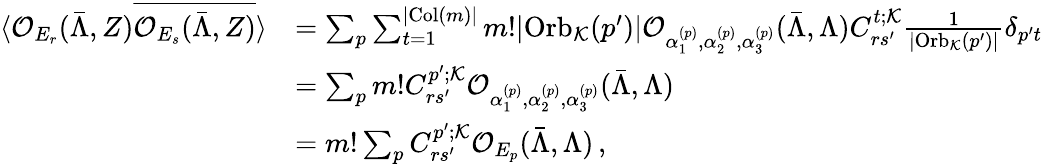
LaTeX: \begin{array}{rl}{\langle\mathcal{O}_{E_{r}}(\bar{\Lambda},Z)\overline{{\mathcal{O}_{E_{s}}(\bar{\Lambda},Z)}}\rangle}&{=\sum_{p}\sum_{t=1}^{|\mathrm{Col}(m)|}m!|\mathrm{Orb}_{\mathcal{K}}(p^{\prime})|\mathcal{O}_{\alpha_{1}^{(p)},\alpha_{2}^{(p)},\alpha_{3}^{(p)}}(\bar{\Lambda},\Lambda)C_{rs^{\prime}}^{t;\mathcal{K}}\frac{1}{|\mathrm{Orb}_{\mathcal{K}}(p^{\prime})|}\delta_{p^{\prime}t}}\\ &{=\sum_{p}m!C_{rs^{\prime}}^{p^{\prime};\mathcal{K}}\mathcal{O}_{\alpha_{1}^{(p)},\alpha_{2}^{(p)},\alpha_{3}^{(p)}}(\bar{\Lambda},\Lambda)}\\ &{=m!\sum_{p}C_{rs^{\prime}}^{p^{\prime};\mathcal{K}}\mathcal{O}_{E_{p}}(\bar{\Lambda},\Lambda)\, ,}\end{array}